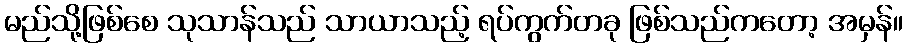
မည်သို့ဖြစ်စေ သုသာန်သည် သာယာသည့် ရပ်ကွက်တခု ဖြစ်သည်ကတော့ အမှန်။